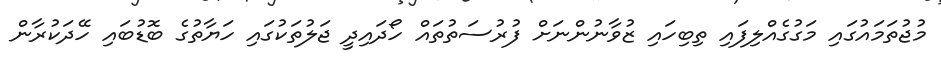
މުޖުތަމައުގައި މަގުގެއްލިފައި ތިބިހައި ޒުވާނުންނަށް ފުރުސަތުތައް ހޯދައިދީ ޖަލުތަކުގައި ހަޔާތުގެ ބޮޑުބައި ހޭދަކުރާން